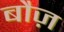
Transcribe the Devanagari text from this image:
बौज़